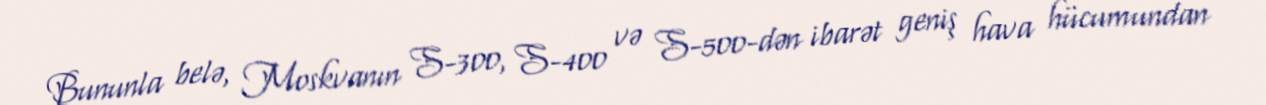
Bununla belə, Moskvanın S-300, S-400 və S-500-dən ibarət geniş hava hücumundan